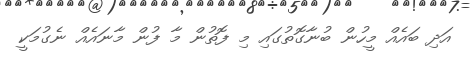
އަދި ބައެއް މީހުން ބުނާގޮތުގައި މި ފޮތުން މާ ފުން މާނައެއް ނެގުމަކީ